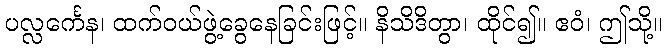
ပလ္လင်္ကေန၊ ထက်ဝယ်ဖွဲ့ခွေနေခြင်းဖြင့်။ နိသိဒိတွာ၊ ထိုင်၍။ ဧဝံ၊ ဤသို့။